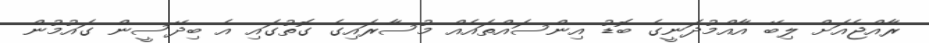
ރާއްޖެއަށް ލިބޭ އާއްމުދަނީގެ ބޮޑު އިންސައްތައެއް މުސާރައިގެ ގޮތުގައި އެ ބިދޭސީން ގައުމުން